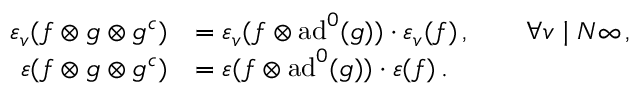
\begin{array} { r } { \begin{array} { r l } { \varepsilon _ { v } ( f \otimes g \otimes g ^ { c } ) } & { = \varepsilon _ { v } ( f \otimes \mathrm { a d } ^ { 0 } ( g ) ) \cdot \varepsilon _ { v } ( f ) \, , \qquad \forall v \mid N \infty \, , } \\ { \varepsilon ( f \otimes g \otimes g ^ { c } ) } & { = \varepsilon ( f \otimes \mathrm { a d } ^ { 0 } ( g ) ) \cdot \varepsilon ( f ) \, . } \end{array} } \end{array}